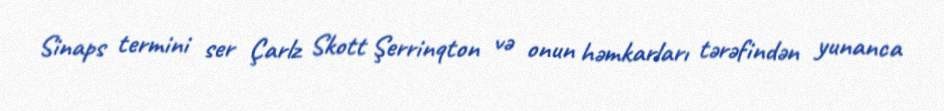
Sinaps termini ser Çarlz Skott Şerrinqton və onun həmkarları tərəfindən yunanca